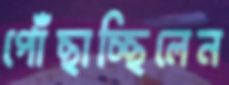
পোঁছাচ্ছিলেন